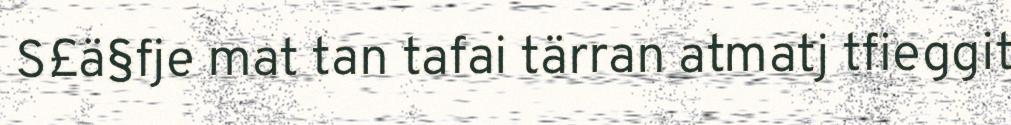
S£ä§fje mat tan tafai tärran atmatj tfieggit